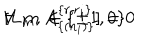
[ L _ { m } , A _ { \{ ( n _ { i } ) \} } ^ { \{ r , r _ { i } \} } ] = 0 \hspace { 2 c m } \forall \: \: m \: \in \{ \pm 1 , 0 \}